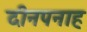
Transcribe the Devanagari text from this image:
दीनपनाह